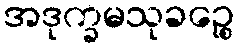
အဒုက္ခမသုခဉ္စေ